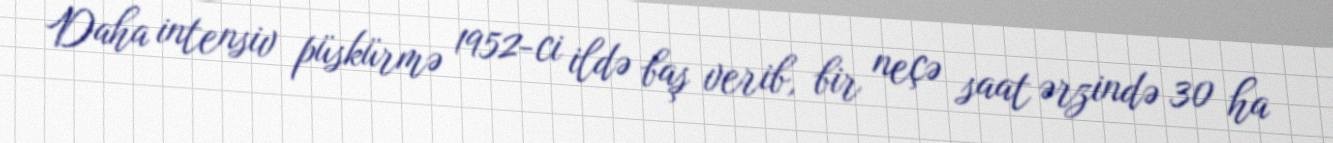
Daha intensiv püskürmə 1952-ci ildə baş verib, bir neçə saat ərzində 30 ha